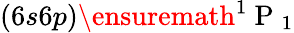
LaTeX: (6s6p)\ensuremath{{^1\mathrm{~P~}_{1}}}